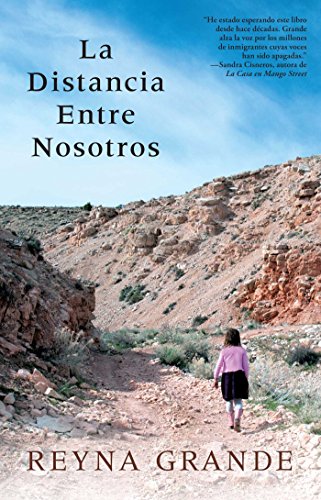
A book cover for La distancia entre nosotros (Atria Espanol) (Spanish Edition); Reyna Grande; Law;